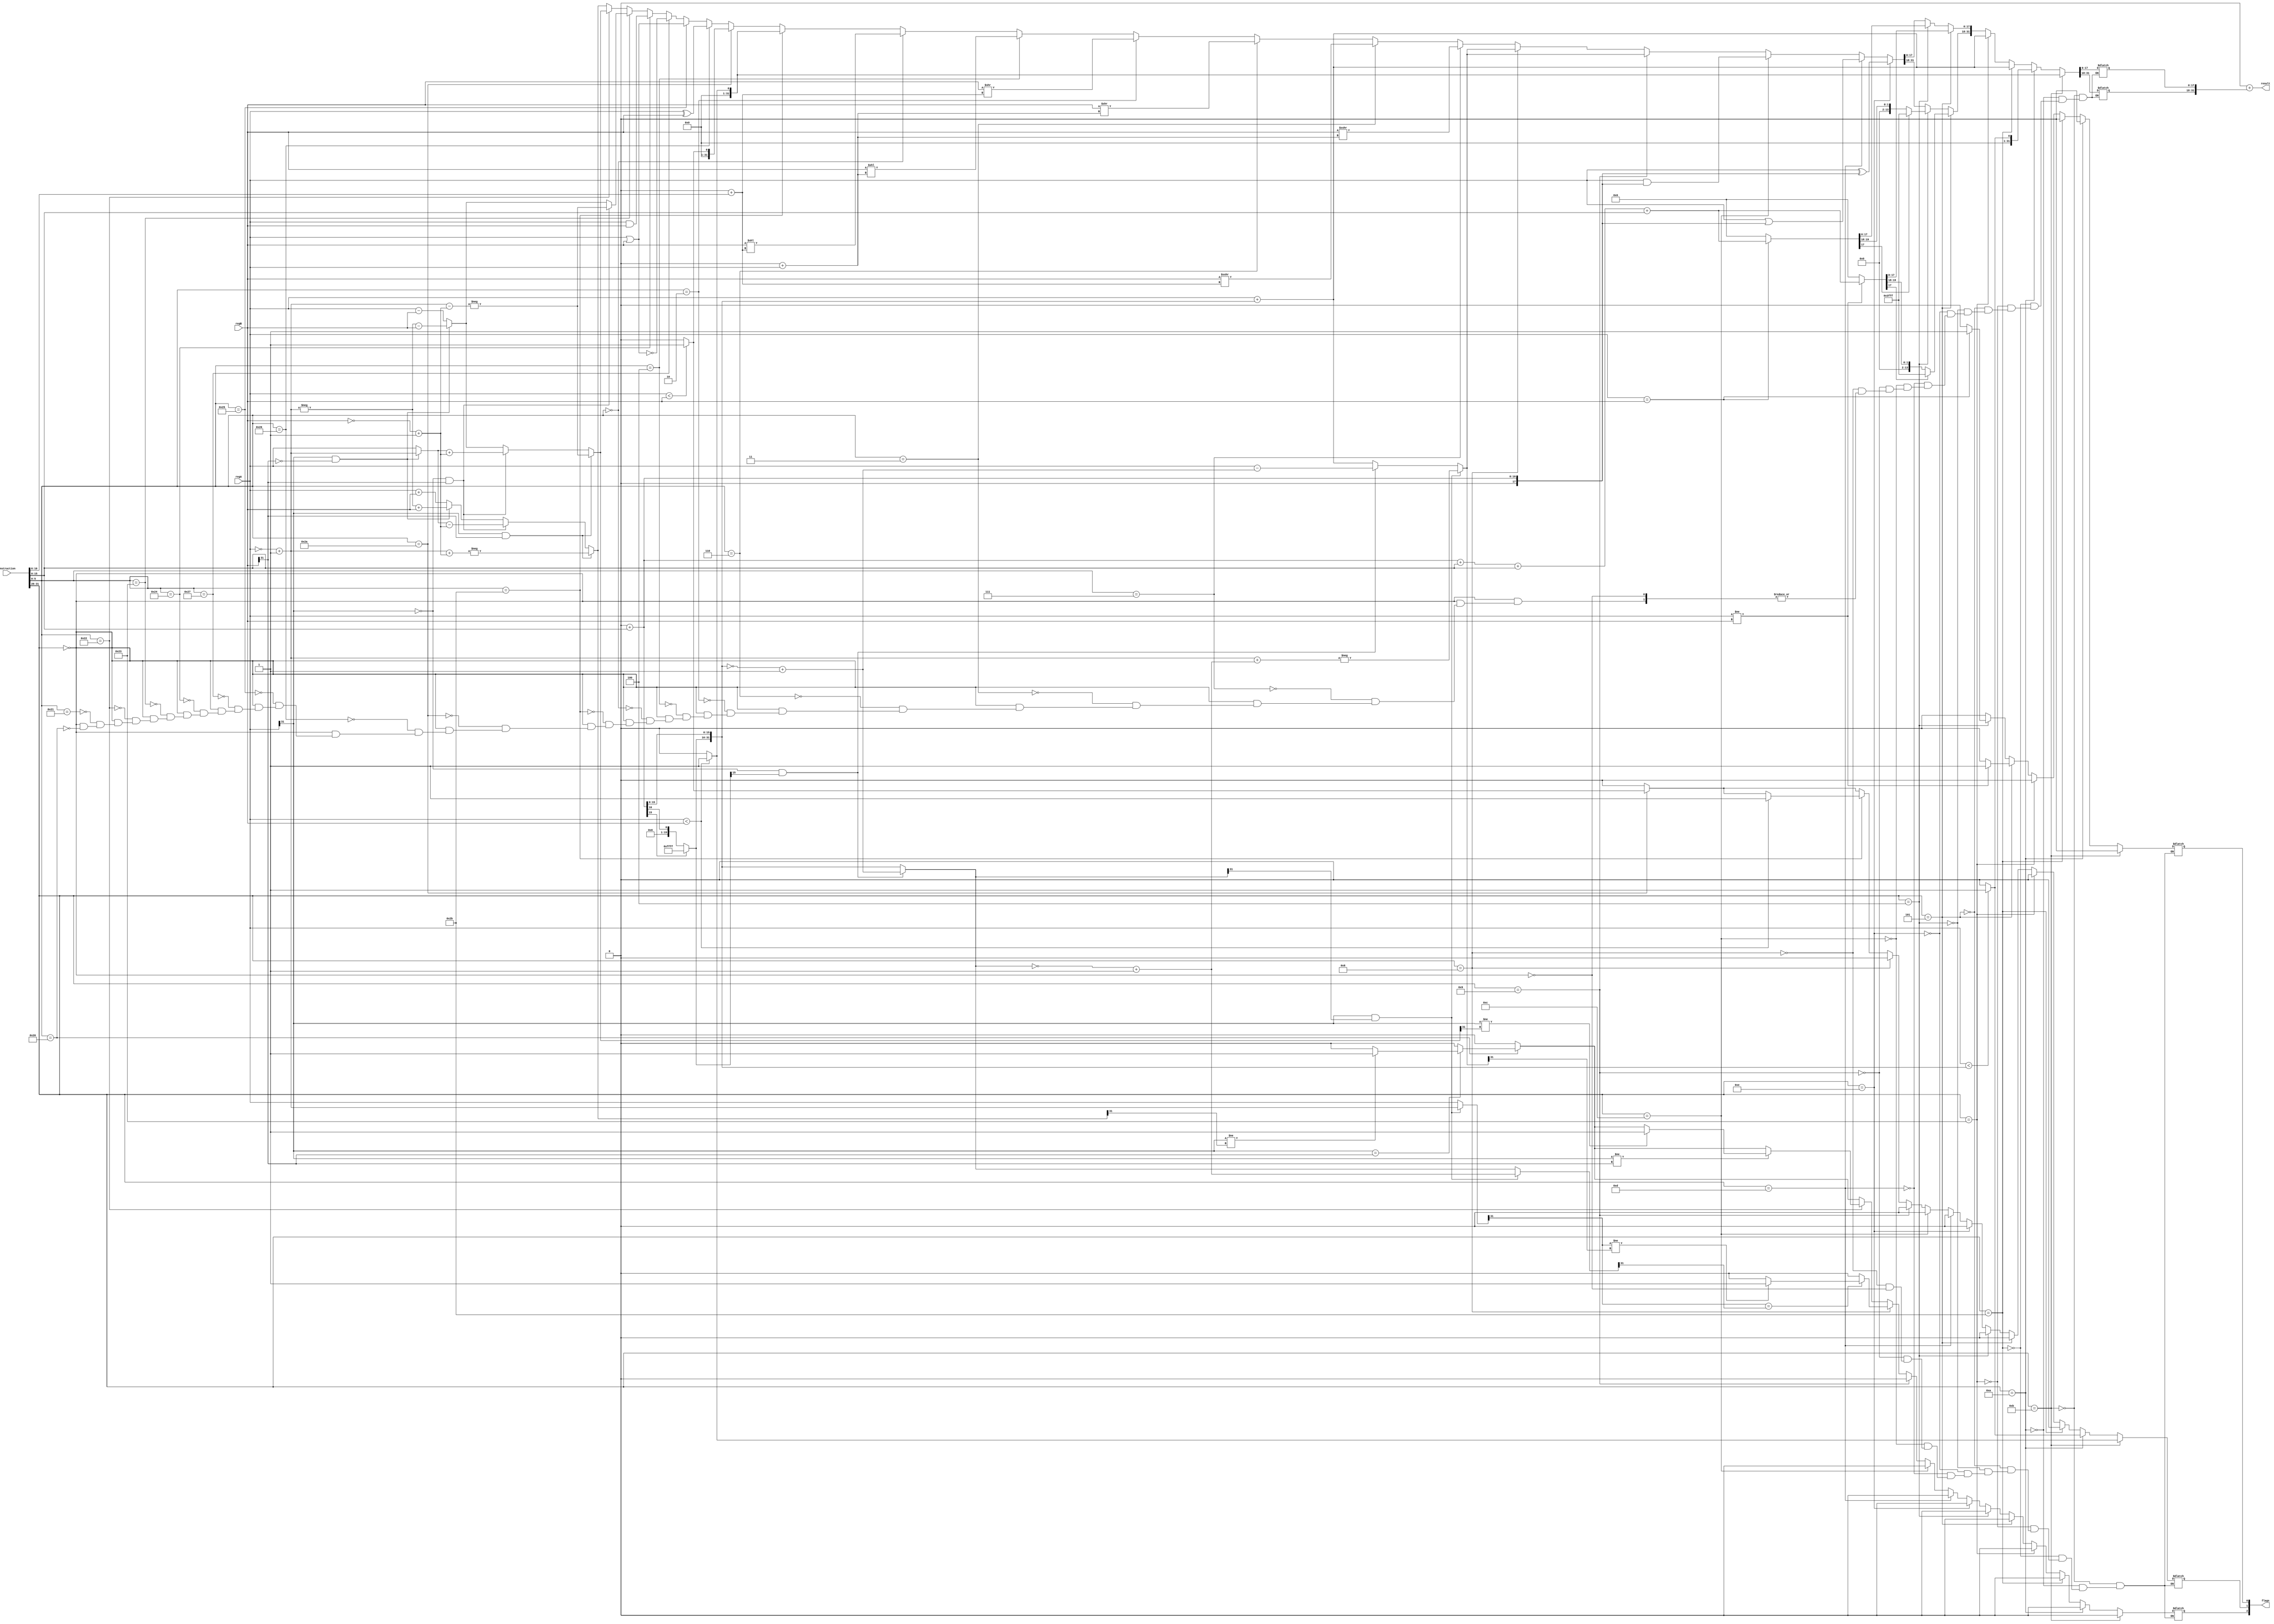
module alu(instruction, regA, regB, result, flags);

output signed[31:0] result;
output signed[2:0] flags;
// 0 : zero flag;
// 1 : negative flag;
// 2 : overflow flag;

input signed[31:0] instruction, regA, regB;
// the address of reg1 is 00000, the address of reg2 is 00001

reg signed[31:0] reg1, reg2;

reg[5:0] opcode, func;

reg signed[31:0] reg_A, reg_B, reg_C;

reg [31:0] regu_A, regu_B;

reg signed[32:0] overflow;

reg signed[2:0] flag;

reg [15:0] imm;

parameter gr0 = 32'h0000_0000;

//----------------------------------------

always @({instruction,regA,regB})
begin

opcode = instruction[31:26];
func = instruction[5:0];

reg1 = regA;
reg2 = regB;

//immediate
imm = instruction[15:0];

// R Type ----------------------------------------------------------
case(opcode)
6'b000000:
begin

    flag[0] = 1'b0;
    flag[1] = 1'b0;
    flag[2] = 1'b0;
    imm = 16'bxxxx_xxxx_xxxx_xxxx;

    //add ----------------------------------------------------------
    case(func)
    6'b100000:
    begin
        
        reg_A = reg1;
        reg_B = reg2;
        reg_C = reg_A + reg_B;
        overflow = reg_A + reg_B;

        if(reg1[31]==1 & reg2[31]==0)
        begin
            reg_A = ~reg1 + 32'b0000_0000_0000_0000_0000_0000_0000_0001;
            reg_C = -reg_A + reg_B;
            overflow = -reg_A + reg_B;
        end

        if(reg1[31]==0 & reg2[31]==1)
        begin
            reg_B = ~reg2 + 32'b0000_0000_0000_0000_0000_0000_0000_0001;
            reg_C = reg_A - reg_B;
            overflow = reg_A - reg_B;
        end

        if(reg1[31]==1 & reg2[31]==1)
        begin
            reg_A = ~reg1 + 32'b0000_0000_0000_0000_0000_0000_0000_0001;
            reg_B = ~reg2 + 32'b0000_0000_0000_0000_0000_0000_0000_0001;
            reg_C = - (reg_A + reg_B);
            overflow = - (reg_A + reg_B);
        end

        if(reg1[31]==reg2[31])
        begin
            if(reg1[31]!=reg_C[31])
            flag[2] = 1'b1;
        end
    end
    endcase
    //--------------------------------------------------------------

    //addu (add unsigned)-------------------------------------------
    case(func)
    6'b100001:
    begin
        reg_A = reg1;
        reg_B = reg2;
        reg_C = reg_A + reg_B;

        if(reg1[31]==1 & reg2[31]==0)
        begin
            reg_A = ~reg1 + 32'b0000_0000_0000_0000_0000_0000_0000_0001;
            reg_C = -reg_A + reg_B;
        end

        if(reg1[31]==0 & reg2[31]==1)
        begin
            reg_B = ~reg2 + 32'b0000_0000_0000_0000_0000_0000_0000_0001;
            reg_C = reg_A - reg_B;
        end

        if(reg1[31]==1 & reg2[31]==1)
        begin
            reg_A = ~reg1 + 32'b0000_0000_0000_0000_0000_0000_0000_0001;
            reg_B = ~reg2 + 32'b0000_0000_0000_0000_0000_0000_0000_0001;
            reg_C = - (reg_A + reg_B);
        end
    end
    endcase
    //--------------------------------------------------------------

    //sub ----------------------------------------------------------
    case(func)
    6'b100010:
    begin
        
        reg_A = reg1;
        reg_B = reg2;
        reg_C = reg_A - reg_B;
        overflow = reg_A - reg_B;

        if(reg1[31]==1 & reg2[31]==0)
        begin
            reg_A = ~reg1 + 32'b0000_0000_0000_0000_0000_0000_0000_0001;
            reg_C = -reg_A - reg_B;
            overflow = -reg_A - reg_B;
        end

        if(reg1[31]==0 & reg2[31]==1)
        begin
            reg_B = ~reg2 + 32'b0000_0000_0000_0000_0000_0000_0000_0001;
            reg_C = reg_A + reg_B;
            overflow = reg_A + reg_B;
        end

        if(reg1[31]==1 & reg2[31]==1)
        begin
            reg_A = ~reg1 + 32'b0000_0000_0000_0000_0000_0000_0000_0001;
            reg_B = ~reg2 + 32'b0000_0000_0000_0000_0000_0000_0000_0001;
            reg_C = - (reg_A - reg_B);
            overflow = - (reg_A - reg_B);
        end
        
        if(reg1[31]!=reg2[31])
        begin
            if(reg1[31]!=reg_C[31])
            flag[2] = 1'b1;
        end
    end
    endcase
    //--------------------------------------------------------------

    //subu (sub unsigned)-------------------------------------------
    case(func)
    6'b100011:
    begin
        
        reg_A = reg1;
        reg_B = reg2;
        reg_C = reg_A - reg_B;

        if(reg1[31]==1 & reg2[31]==0)
        begin
            reg_A = ~reg1 + 32'b0000_0000_0000_0000_0000_0000_0000_0001;
            reg_C = -reg_A - reg_B;
        end

        if(reg1[31]==0 & reg2[31]==1)
        begin
            reg_B = ~reg2 + 32'b0000_0000_0000_0000_0000_0000_0000_0001;
            reg_C = reg_A + reg_B;
        end

        if(reg1[31]==0 & reg2[31]==1)
        begin
            reg_A = ~reg1 + 32'b0000_0000_0000_0000_0000_0000_0000_0001;
            reg_B = ~reg2 + 32'b0000_0000_0000_0000_0000_0000_0000_0001;
            reg_C = - (reg_A - reg_B);
        end
    end
    endcase
    //--------------------------------------------------------------

    //and ----------------------------------------------------------
    case(func)
    6'b100100:
    begin
        reg_A = reg1;
        reg_B = reg2;
        reg_C = reg_A & reg_B;
    end
    endcase
    //--------------------------------------------------------------

    //nor ----------------------------------------------------------
    case(func)
    6'b100111:
    begin
        reg_A = reg1;
        reg_B = reg2;
        reg_C = ~(reg_A | reg_B);
    end
    endcase
    //--------------------------------------------------------------

    //or -----------------------------------------------------------
    case(func)
    6'b100101:
    begin
        reg_A = reg1;
        reg_B = reg2;
        reg_C = reg_A | reg_B;
    end
    endcase
    //--------------------------------------------------------------

    //xor -----------------------------------------------------------
    case(func)
    6'b100110:
    begin
        reg_A = reg1;
        reg_B = reg2;
        reg_C = reg_A ^ reg_B;
    end
    endcase
    //--------------------------------------------------------------

    //slt (Set on Less Than)----------------------------------------
    case(func)
    6'b101010:
    begin
        reg_A = reg1;
        reg_B = reg2;
        reg_C = 0000_0000_0000_0000_0000_0000_0000_0000;

        // 1. negative flag

        if(reg_A < reg_B)
            begin
            flag[1] = 1'b1;
            reg_C = 0000_0000_0000_0000_0000_0000_0000_0001;
            end
    end
    endcase    
    //--------------------------------------------------------------

    //sltu (slt unsigned)----------------------------------------
    case(func)
    6'b101011:
    begin
        regu_A = reg1;
        regu_B = reg2;
        reg_C = 0000_0000_0000_0000_0000_0000_0000_0000;

        // 1. negative flag
        
        if(regu_A < regu_B)
            begin
            flag[1] = 1'b1;
            reg_C = 0000_0000_0000_0000_0000_0000_0000_0001;
            end
    end
    endcase    
    //--------------------------------------------------------------

    //sll (Shift Left Logical) -------------------------------------
    case(func)
    6'b000000:
    begin
        reg_B = reg2;
        reg_A = 32'b0000_0000_0000_0000_0000_0000_0000_0000 + instruction[10:6];
        reg_C = reg_B << reg_A;
    end
    endcase
    //--------------------------------------------------------------

    //sllv (Shift Left Logical Variable) ---------------------------
    case(func)
    6'b000100:
    begin
        reg_B = reg2;
        reg_A = 32'b0000_0000_0000_0000_0000_0000_0000_0000 + reg1;
        reg_C = reg_B << reg_A;
    end
    endcase
    //--------------------------------------------------------------

    //srl (Shift Right Logical) ------------------------------------
    case(func)
    6'b000010:
    begin
        reg_B = reg2;
        reg_A = 32'b0000_0000_0000_0000_0000_0000_0000_0000 + instruction[10:6];
        reg_C = reg_B >> reg_A;
    end
    endcase
    //--------------------------------------------------------------

    //srlv (Shift Right Logical Variable) --------------------------
    case(func)
    6'b000110:
    begin
        reg_B = reg2;
        reg_A = 32'b0000_0000_0000_0000_0000_0000_0000_0000 + reg1;
        reg_C = reg_B >> reg_A;
    end
    endcase
    //--------------------------------------------------------------

    //sra (Shift Right Arithmetic) ---------------------------------
    case(func)
    6'b000011:
    begin
        reg_B = reg2;
        reg_A = 32'b0000_0000_0000_0000_0000_0000_0000_0000 +instruction[10:6];
        reg_C = reg_B >>> reg_A;
    end
    endcase
    //--------------------------------------------------------------

    //srav (Shift Right Arithmetic Variable) -----------------------
    case(func)
    6'b000111:
    begin
        reg_B = reg2;
        reg_A = 32'b0000_0000_0000_0000_0000_0000_0000_0000 + reg1;
        reg_C = reg_B >>> reg_A;
    end
    endcase
    //--------------------------------------------------------------

end
endcase
//------------------------------------------------------------------

//addi - Add Immediate
case(opcode)
6'b001000:   
begin
    flag[0] = 1'b0;
    flag[1] = 1'b0;
    flag[2] = 1'b0;
    func = 6'bxxxxxx;

    reg_A = reg1;

    reg_B = 32'b0000_0000_0000_0000_0000_0000_0000_0000 +instruction[15:0];
    if(reg_B[15] == 1'b1)
        reg_B[31:16] = 16'b1111_1111_1111_1111;

    reg_C = reg_A + reg_B;
    overflow = reg_A + reg_B;

    if(reg_A[31]==1 & reg_A[31]==0)
    begin
        reg_A = ~reg1 + 32'b0000_0000_0000_0000_0000_0000_0000_0001;
        reg_C = -reg_A + reg_B;
        overflow = -reg_A + reg_B;
    end

    if(reg_A[31]==0 & reg_B[31]==1)
    begin
        reg_B = ~reg_B + 32'b0000_0000_0000_0000_0000_0000_0000_0001;
        reg_C = reg_A - reg_B;
        overflow = reg_A - reg_B;
    end

    if(reg_A[31]==1 & reg_B[31]==1)
    begin
        reg_A = ~reg1 + 32'b0000_0000_0000_0000_0000_0000_0000_0001;
        reg_B = ~reg_B + 32'b0000_0000_0000_0000_0000_0000_0000_0001;
        reg_C = - (reg_A + reg_B);
        overflow = - (reg_A + reg_B);
    end

    if(reg_A[31]==reg_B[31])
    begin
        if(reg_A[31]!=reg_C[31])
        flag[2] = 1'b1;
    end
end
endcase

//addiu - Add Immediate Unsigned
case(opcode)
6'b001001:
begin
    flag[0] = 1'b0;
    flag[1] = 1'b0;
    flag[2] = 1'b0;
    func = 6'bxxxxxx;

    reg_A = reg1;

    reg_B = 32'b0000_0000_0000_0000_0000_0000_0000_0000 +instruction[15:0];
    if(reg_B[15] == 1'b1)
        reg_B[31:16] = 16'b1111_1111_1111_1111;

    reg_C = reg_A + reg_B;

    if(reg_A[31]==1 & reg_A[31]==0)
    begin
        reg_A = ~reg1 + 32'b0000_0000_0000_0000_0000_0000_0000_0001;
        reg_C = -reg_A + reg_B;
    end

    if(reg_A[31]==0 & reg_B[31]==1)
    begin
        reg_B = ~reg_B + 32'b0000_0000_0000_0000_0000_0000_0000_0001;
        reg_C = reg_A - reg_B;
    end

    if(reg_A[31]==1 & reg_B[31]==1)
    begin
        reg_A = ~reg1 + 32'b0000_0000_0000_0000_0000_0000_0000_0001;
        reg_B = ~reg_B + 32'b0000_0000_0000_0000_0000_0000_0000_0001;
        reg_C = - (reg_A + reg_B);
    end
end
endcase

//andi - And Immediate
case(opcode)
6'b001100:
begin
    flag[0] = 1'b0;
    flag[1] = 1'b0;
    flag[2] = 1'b0;
    func = 6'bxxxxxx;

    reg_A = reg1;
    reg_B = 32'b0000_0000_0000_0000_0000_0000_0000_0000 +instruction[15:0];
    reg_C = reg_A & reg_B;
end
endcase

//ori - Or Immediate
case(opcode)
6'b001101:
begin
    flag[0] = 1'b0;
    flag[1] = 1'b0;
    flag[2] = 1'b0;
    func = 6'bxxxxxx;

    reg_A = reg1;
    reg_B = 32'b0000_0000_0000_0000_0000_0000_0000_0000 +instruction[15:0];
    reg_C = reg_A | reg_B;
end
endcase

//xori - XOR Immediate
case(opcode)
6'b001110:
begin
    flag[0] = 1'b0;
    flag[1] = 1'b0;
    flag[2] = 1'b0;
    func = 6'bxxxxxx;

    reg_A = reg1;
    reg_B = 32'b0000_0000_0000_0000_0000_0000_0000_0000 + instruction[15:0];
    reg_C = reg_A ^ reg_B;
end
endcase

//beq - Branch on Equal
case(opcode)
6'b000100:
begin
    flag[0] = 1'b0;
    flag[1] = 1'b0;
    flag[2] = 1'b0;
    func = 6'bxxxxxx;

    reg_A = reg1;
    reg_B = reg2;
    reg_C = 32'b0000_0000_0000_0000_0000_0000_0000_0000;

    // 0 : zero flag;
    if(reg_A==reg_B)
        begin
        flag[0] = 1'b1;
        reg_C= 32'b0000_0000_0000_0000_0000_0000_0000_0000 + instruction[15:0] + instruction[15:0] + instruction[15:0] + instruction[15:0];
        end

    if(reg_C[17] == 1'b1)
        reg_C[31:18] = 16'b1111_1111_1111_11;
end
endcase

//bne - Branch on Not Equal
case(opcode)
6'b000101:
begin
    flag[0] = 1'b0;
    flag[1] = 1'b0;
    flag[2] = 1'b0;
    func = 6'bxxxxxx;

    reg_A = reg1;
    reg_B = reg2;
    reg_C = 32'b0000_0000_0000_0000_0000_0000_0000_0000;

    // 0 : zero flag;
    if(reg_A!=reg_B)
        begin
        flag[0] = 1'b1;
        reg_C= 32'b0000_0000_0000_0000_0000_0000_0000_0000 + instruction[15:0] + instruction[15:0] + instruction[15:0] + instruction[15:0];
        end
        
    if(reg_C[17] == 1'b1)
        reg_C[31:18] = 16'b1111_1111_1111_11;
end
endcase

//lw - Load Word
case(opcode)
6'b100011:
begin
    flag[0] = 1'b0;
    flag[1] = 1'b0;
    flag[2] = 1'b0;
    func = 6'bxxxxxx;

    reg_A = reg1;
    reg_B = reg2;
    reg_C = 32'b00000000000000000000000000000000 + instruction[15:0];
    
    if(reg_C[15] == 1'b1)
        reg_C[31:16] = 16'b1111_1111_1111_1111;
        
    reg_C = reg_C + reg_A;
	//outputs address designated by immediate
end
endcase

//sw - Store Word
case(opcode)
6'b101011:
begin
    flag[0] = 1'b0;
    flag[1] = 1'b0;
    flag[2] = 1'b0;
    func = 6'bxxxxxx;

    reg_A = reg1;
    reg_B = reg2;
    reg_C = 32'b00000000000000000000000000000000 + instruction[15:0];
    
    if(reg_C[15] == 1'b1)
        reg_C[31:16] = 16'b1111_1111_1111_1111;

    reg_C = reg_C + reg_A;
	//outputs address designated by immediate
end
endcase

//slti - slt Immediate
case(opcode)
6'b001010:
begin
    flag[0] = 1'b0;
    flag[1] = 1'b0;
    flag[2] = 1'b0;
    func = 6'bxxxxxx;

    reg_A = reg1;
    reg_B = 32'b0000_0000_0000_0000_0000_0000_0000_0000 +instruction[15:0];
    if(reg_B[15] == 1'b1)
        reg_B[31:16] = 16'b1111_1111_1111_1111;
    
    reg_C = 0000_0000_0000_0000_0000_0000_0000_0000;

    // 1. negative flag

    if(reg_A < reg_B)
        begin
        flag[1] = 1'b1;
        reg_C = 0000_0000_0000_0000_0000_0000_0000_0001;
        end
end
endcase    

//sltiu - slt Immediate Unsigned
case(opcode)
6'b001011:
begin
    flag[0] = 1'b0;
    flag[1] = 1'b0;
    flag[2] = 1'b0;
    func = 6'bxxxxxx;

    regu_A = reg1;
    reg_B = 32'b0000_0000_0000_0000_0000_0000_0000_0000 +instruction[15:0];
    if(reg_B[15] == 1'b1)
        reg_B[31:16] = 16'b1111_1111_1111_1111;
    
    reg_C = 0000_0000_0000_0000_0000_0000_0000_0000;

        // 1. negative flag
        
    if(regu_A < regu_B)
        begin
        flag[1] = 1'b1;
        reg_C = 0000_0000_0000_0000_0000_0000_0000_0001;
        end
end
endcase 

//------------------------------------------------------------------

end
assign result = 32'b0000_0000_0000_0000_0000_0000_0000_0000 + reg_C;
assign flags = flag[2:0];

//----------------------------------------

endmodule